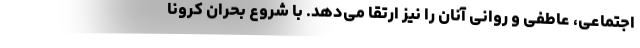
اجتماعی، عاطفی و روانی آنان را نیز ارتقا می‌دهد. با شروع بحران کرونا